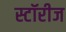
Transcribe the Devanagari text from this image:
स्टॉरीज